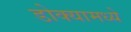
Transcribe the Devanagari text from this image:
डोक्यामध्ये